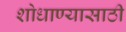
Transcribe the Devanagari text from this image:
शोधाण्यासाठी